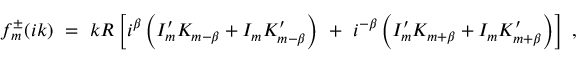
f _ { m } ^ { \pm } ( i k ) \ = \ k R \left[ i ^ { \beta } \left( I _ { m } ^ { \prime } K _ { m - \beta } + I _ { m } K _ { m - \beta } ^ { \prime } \right) \ + \ i ^ { - \beta } \left( I _ { m } ^ { \prime } K _ { m + \beta } + I _ { m } K _ { m + \beta } ^ { \prime } \right) \right] \ ,